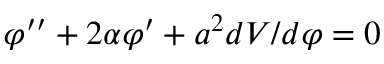
\varphi ^ { \prime \prime } + 2 \alpha \varphi ^ { \prime } + a ^ { 2 } d V / d \varphi = 0